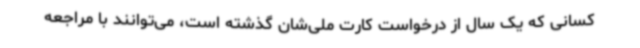
کسانی که یک سال از درخواست کارت ملی‌شان گذشته است، می‌توانند با مراجعه